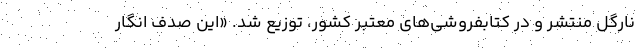
نارگل منتشر و در کتابفروشی‌های معتبر کشور، توزیع شد. «این صدف انگار